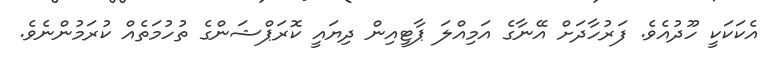
އެކަކަކީ ހޫދުއެވެ. ފަރުހާދަށް އޭނާގެ އަމިއްލަ ޕާޓީއިން ދިޔައީ ކޮރަޕްޝަންގެ ތުހުމަތެއް ކުރަމުންނެވެ.